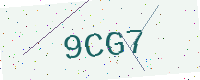
Text: 9CG7